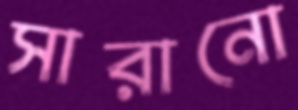
সারানো